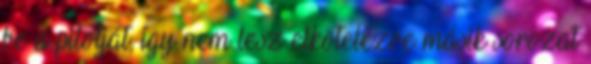
be a pilotját, így nem lesz elkötelezve másik sorozat